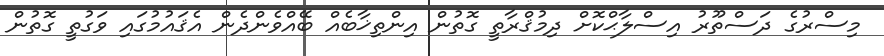
މިސްރުގެ ދަސްތޫރު އިސްލާޙްކޮށް ދިމުޤްރާތީ ގޮތުން އިންތިޚާބެއް ބޭއްވެންދެން އެޤައުމުގައި ވަގުތީ ގޮތުން